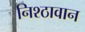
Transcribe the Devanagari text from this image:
निश्ठावान